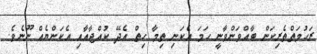
ރަހުމަތްތެރިކަން ބާއްވަންވާނީ ހަމަ އެކަނި ތިމާ ހިތް އެދޭ ކުއްޖާއާއި އެކަންޔެއް ނޫނެވެ.